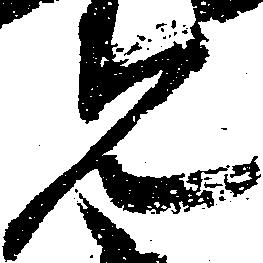
見